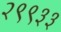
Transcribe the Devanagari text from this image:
२९९३३